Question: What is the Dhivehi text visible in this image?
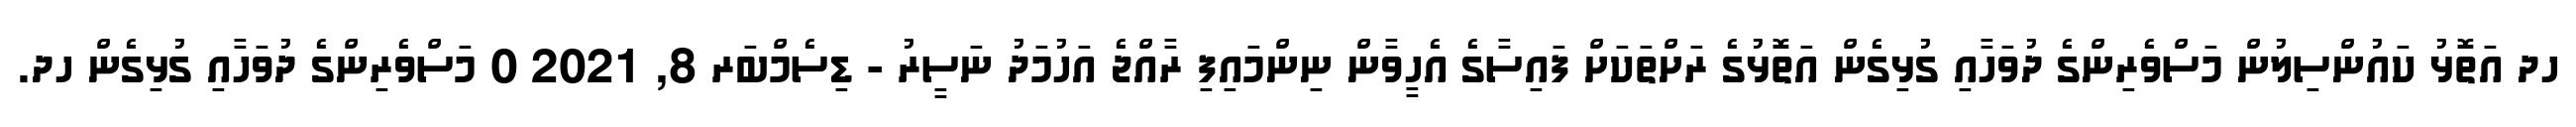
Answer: ހދ އަތޮޅު ކައުންސިލުން މަސްވެރިންގެ ދުވަހާއި ގުޅިގެން އަތޮޅުގެ ރަށްތަކަށް ފައިސާގެ އެހީވާން ނިންމައިފި ރާއްޖެ އަހުމަދު ނަސީރު - ޑިސެމްބަރ 8, 2021 0 މަސްވެރިންގެ ދުވަހާއި ގުޅިގެން ހދ.